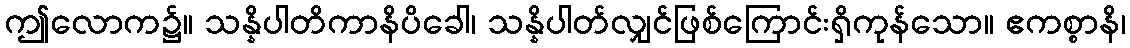
ဤလောက၌။ သန္နိပါတိကာနိပိခေါ၊ သန္နိပါတ်လျှင်ဖြစ်ကြောင်းရှိကုန်သော။ ဧကစ္စာနိ၊